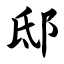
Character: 邸